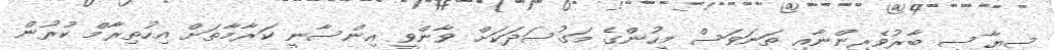
ސިޔާސީ ބާރުވެރިންނާއި ތަނަވަސް މީހުންގެ މަގުސަދަކަށް ވާންވީ އިންސާނީ ކަރާމާތަށް އިހުތިރާމް ކުރުން